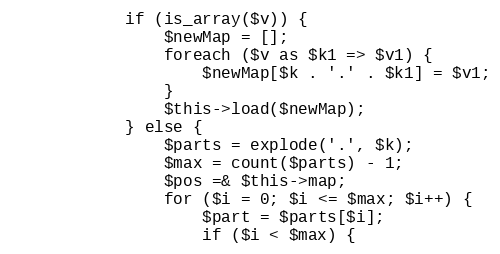
Language: PHP
            if (is_array($v)) {
                $newMap = [];
                foreach ($v as $k1 => $v1) {
                    $newMap[$k . '.' . $k1] = $v1;
                }
                $this->load($newMap);
            } else {
                $parts = explode('.', $k);
                $max = count($parts) - 1;
                $pos =& $this->map;
                for ($i = 0; $i <= $max; $i++) {
                    $part = $parts[$i];
                    if ($i < $max) {